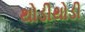
થોડીથોડી